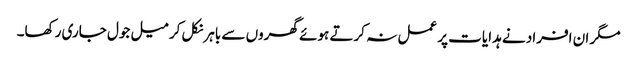
مگر ان افراد نے ہدایات پر عمل نہ کرتے ہوئے گھروں سے باہر نکل کر میل جول جاری رکھا۔